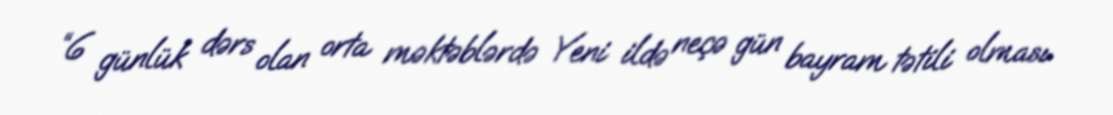
“6 günlük dərs olan orta məktəblərdə Yeni ildə neçə gün bayram tətili olması